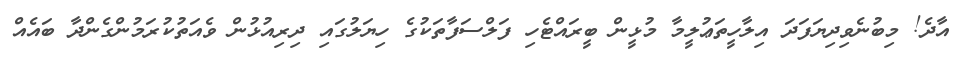
އާދެ! މިބުނެވިދިޔަފަދަ އިލާހީތަޢުލީމާ މުޅީން ބީރައްޓެހި ފަލްސަފާތަކުގެ ހިޔަލުގައި ދިރިއުޅުން ވެއަތުކުރަމުންގެންދާ ބައެއް